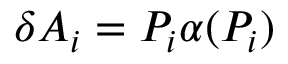
\delta A _ { i } = P _ { i } \alpha ( P _ { i } )